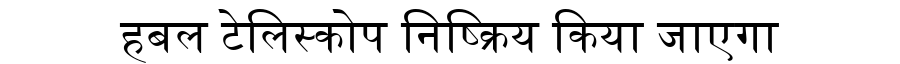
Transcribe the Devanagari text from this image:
हबल टेलिस्कोप निष्क्रिय किया जाएगा